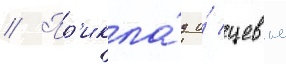
// Пр'икла́д и́ цевье